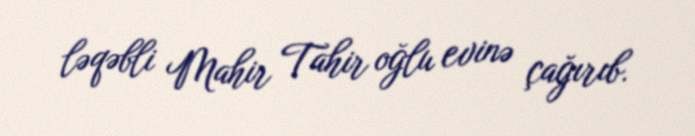
ləqəbli Mahir Tahir oğlu evinə çağırıb.